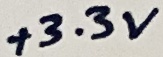
Text: PB1